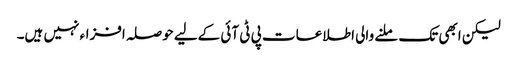
لیکن ابھی تک ملنے والی اطلاعات پی ٹی آئی کےلیے حوصلہ افزاء نہیں ہیں۔